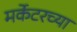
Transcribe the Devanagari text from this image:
मर्केटरच्या